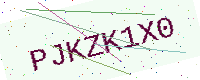
Text: PJKZK1X0